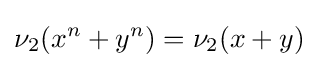
\nu _{2}(x^{n}+y^{n})=\nu _{2}(x+y)